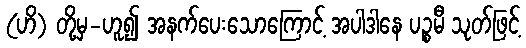
(ဟိ) တို့မှ-ဟူ၍ အနက်ပေးသောကြောင့် အပါဒါနေ ပဉ္စမီ သုတ်ဖြင့်